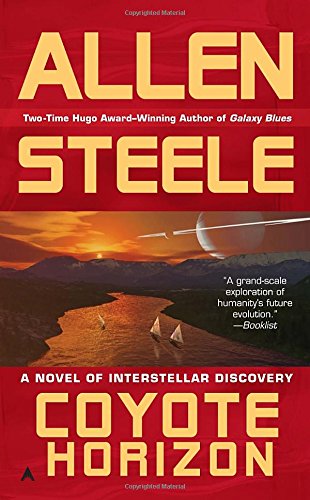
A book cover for Coyote Horizon (Coyote Chronicles); Allen Steele; Science Fiction & Fantasy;